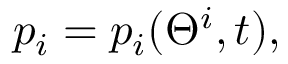
p _ { i } = p _ { i } ( \Theta ^ { i } , t ) ,